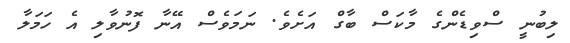
ލިބުނީ ސްވިޑެންގެ މާކަސް ބާގް އަށެވެ. ނަމަވެސް އޭނާ ފޮނުވާލި އެ ހަމަލާ